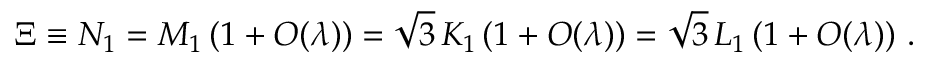
\Xi \equiv N _ { 1 } = M _ { 1 } \left( 1 + { \cal O } ( \lambda ) \right) = \sqrt { 3 } \, K _ { 1 } \left( 1 + { \cal O } ( \lambda ) \right) = \sqrt { 3 } \, L _ { 1 } \left( 1 + { \cal O } ( \lambda ) \right) \, .